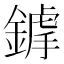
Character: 鎼